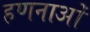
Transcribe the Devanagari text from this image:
हणनाओं